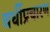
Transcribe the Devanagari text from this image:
वर्धीप्रचारण